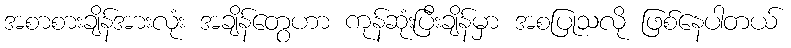
အစာစားချိန်အားလုံး အချိန်တွေဟာ ကုန်ဆုံးပြီးချိန်မှာ အစပြုသလို ဖြစ်နေပါတယ်